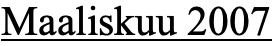
Maaliskuu 2007